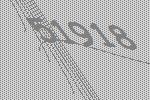
51918